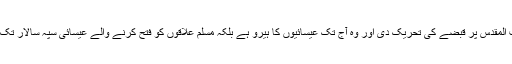
پوپ اُربن دوئم نے عیسائیوں کو بیت المقدس پر قبضے کی تحریک دی اور وہ آج تک عیسائیوں کا ہیرو ہے بلکہ مسلم علاقوں کو فتح کرنے والے عیسائی سپہ سالار تک عیسائیوں کے ہیروز میں شامل ہیں۔